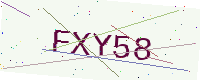
Text: FXY58